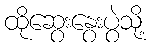
ထိုဆွေးနွေးပွဲသို့